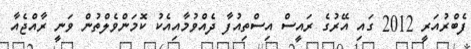
ފެބްރުއަރީ 2012 ގައި އޭރުގެ ރައީސް އިސްތިއުފާ ދެއްވުމާއިއެކު ކޮމަންވެލްތުން ވަނީ ރާއްޖެއާ